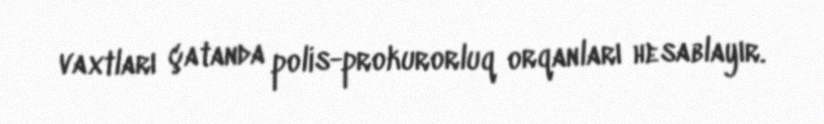
vaxtları çatanda polis-prokurorluq orqanları hesablayır.